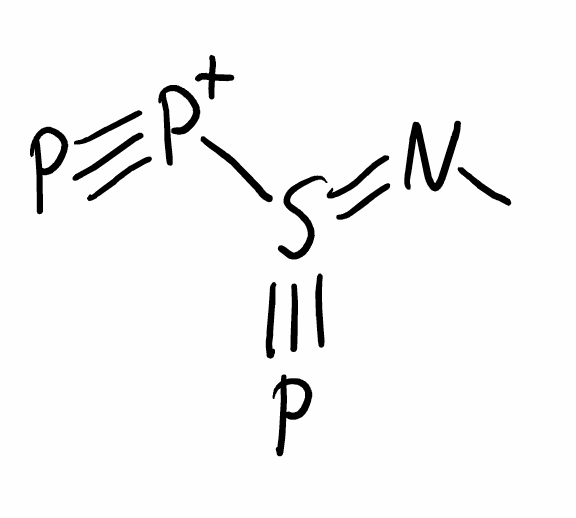
Simplified molecular-input line-entry system (SMILES) notation of the given molecule:
CN=S(#P)[P+]#P